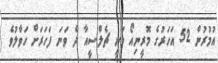
އުމުރުން 52 އަހަރުގެ މޮރީނިއޯ ވަނީ ޗެލްސީއާ ދެ ވަނަ ފަހަރަށް ހަވާލުވެ